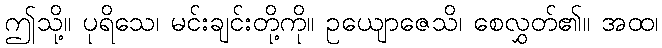
ဤသို့။ ပုရိသေ၊ မင်းချင်းတို့ကို။ ဥယျောဇေသိ၊ စေလွှတ်၏။ အထ၊